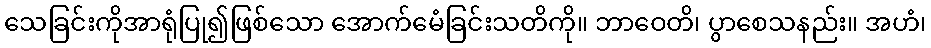
သေခြင်းကိုအာရုံပြု၍ဖြစ်သော အောက်မေံခြင်းသတိကို။ ဘာဝေတိ၊ ပွာစေသနည်း။ အဟံ၊